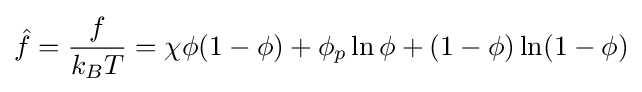
{\hat {f}}={\frac {f}{k_{B}T}}=\chi \phi (1-\phi )+\phi _{p}\ln \phi +(1-\phi )\ln(1-\phi )